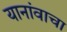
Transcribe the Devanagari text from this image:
यानांवाचा